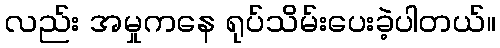
လည်း အမှုကနေ ရုပ်သိမ်းပေးခဲ့ပါတယ်။